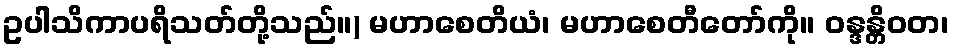
ဥပါသိကာပရိသတ်တို့သည်။) မဟာစေတိယံ၊ မဟာစေတီတော်ကို။ ဝန္ဒန္တိဝတ၊